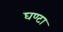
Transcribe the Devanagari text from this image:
घण्‍टा